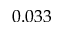
0 . 0 3 3